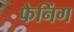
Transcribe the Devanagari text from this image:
फेनिंग